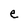
Character: e